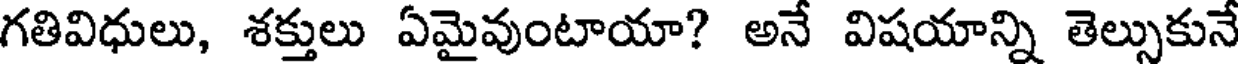
గతివిధులు, శక్తులు ఏమైవుంటాయా? అనే విషయాన్ని తెల్సుకునే